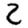
Digit: 2